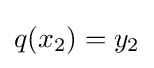
q(x_{2})=y_{2}